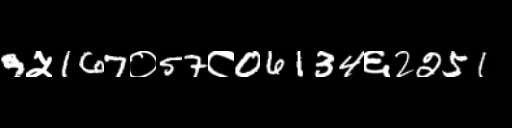
Text: 9५167०57८06134६2251